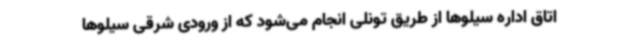
اتاق اداره سیلوها از طریق تونلی انجام می‌شود که از ورودی شرقی سیلوها